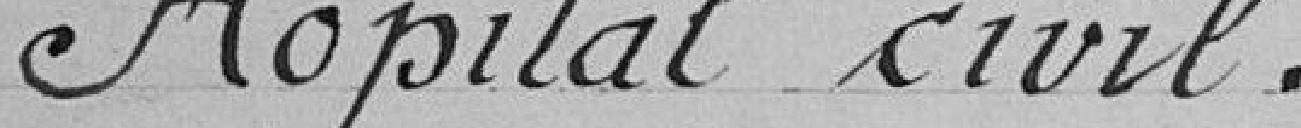
Hôpital Civil